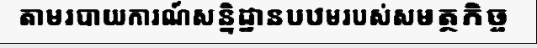
តាមរបាយការណ៍សន្និដ្ឋានបឋមរបស់សមត្ថកិច្ច